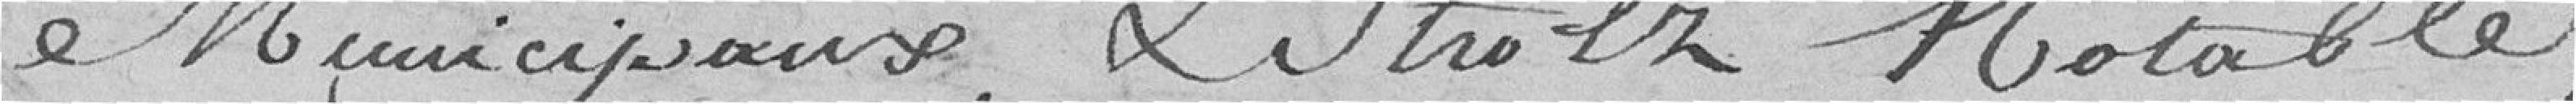
municipaux et Strolz, notable